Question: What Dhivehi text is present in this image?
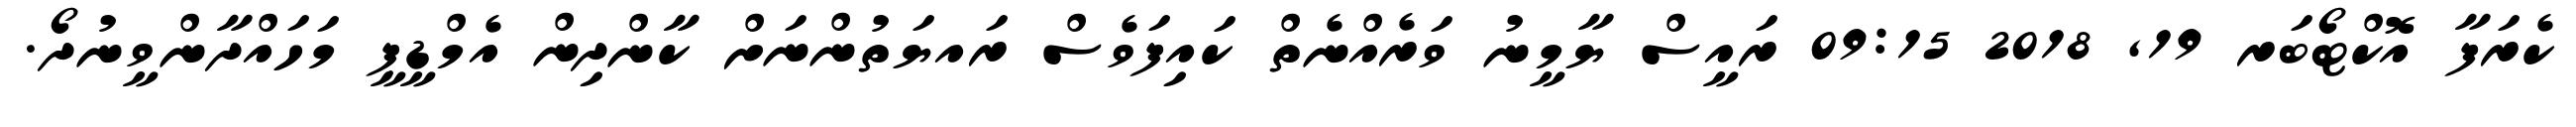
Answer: ކެރަފާ އޮކްޓޯބަރ 19, 2018 09:15 ރައީސް ޔާމީނު ވަރެއްނެތް ކައިފަވެސް ރައޔަތުންނަށް ކާންދިން އެމްޑީޕީ މަހައްދާންވީނުދޯ.